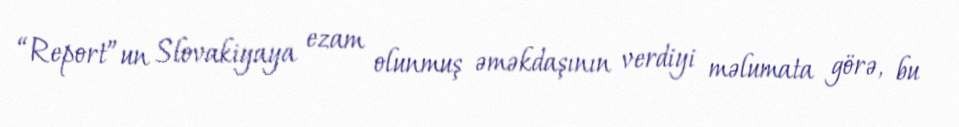
“Report”un Slovakiyaya ezam olunmuş əməkdaşının verdiyi məlumata görə, bu